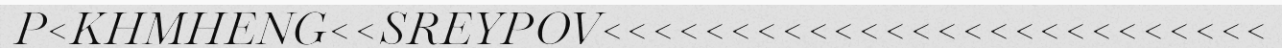
P<KHMHENG<<SREYPOV<<<<<<<<<<<<<<<<<<<<<<<<<<